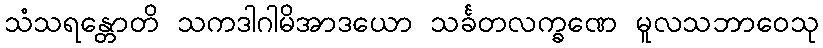
သံသရန္တောတိ သကဒါဂါမိအာဒယော သင်္ခတလက္ခဏေ မူလသဘာဝေသု